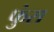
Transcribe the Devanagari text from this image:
फुंस